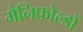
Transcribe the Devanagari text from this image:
मैनिफोल्डों